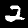
Label: 2